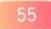
55